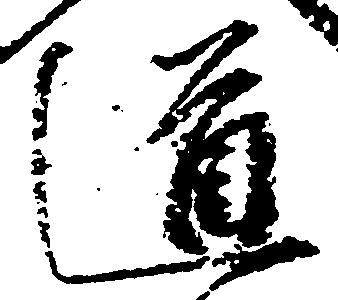
道